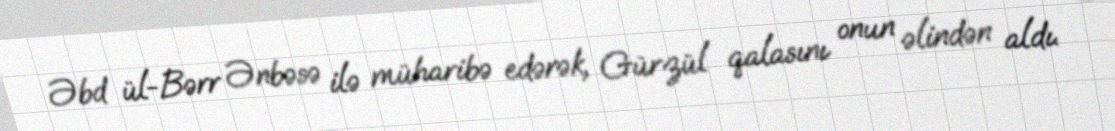
Əbd ül-Bərr Ənbəsə ilə müharibə edərək, Gürzül qalasını onun əlindən aldı.